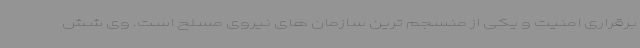
برقراری امنیت و یکی از منسجم ترین سازمان های نیروی مسلح است. وی شش